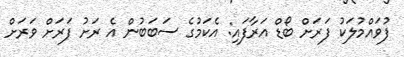
ފުވައްމުލަކު ފަރަށް ބޯޑް އަރާފައި: އެކަމުގެ ސަބަބުން އެ ރަށު ފަރަށް ވަރަށް